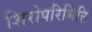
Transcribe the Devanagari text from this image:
शिरोपरिभित्ति